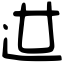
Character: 𨑬